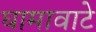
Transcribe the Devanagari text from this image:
घामावाटे